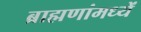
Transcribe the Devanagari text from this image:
ब्राह्मणांमध्यें